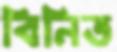
বিনিত